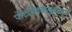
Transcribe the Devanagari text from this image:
पोटनिवडणुकीतून